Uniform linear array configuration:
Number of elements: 64
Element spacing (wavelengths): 1
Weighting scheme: cosine
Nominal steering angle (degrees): -60
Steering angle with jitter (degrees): -61.382
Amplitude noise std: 0.05
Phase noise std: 0.05

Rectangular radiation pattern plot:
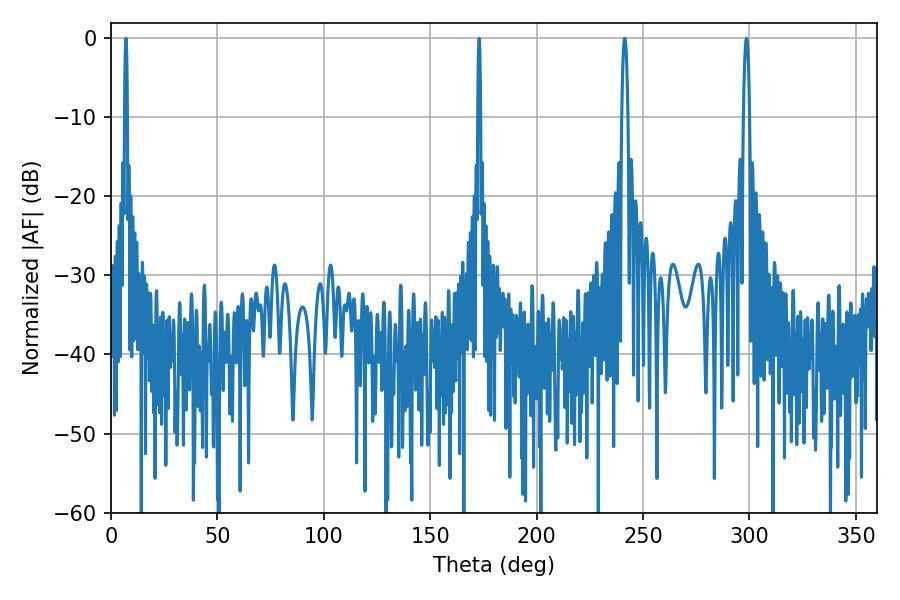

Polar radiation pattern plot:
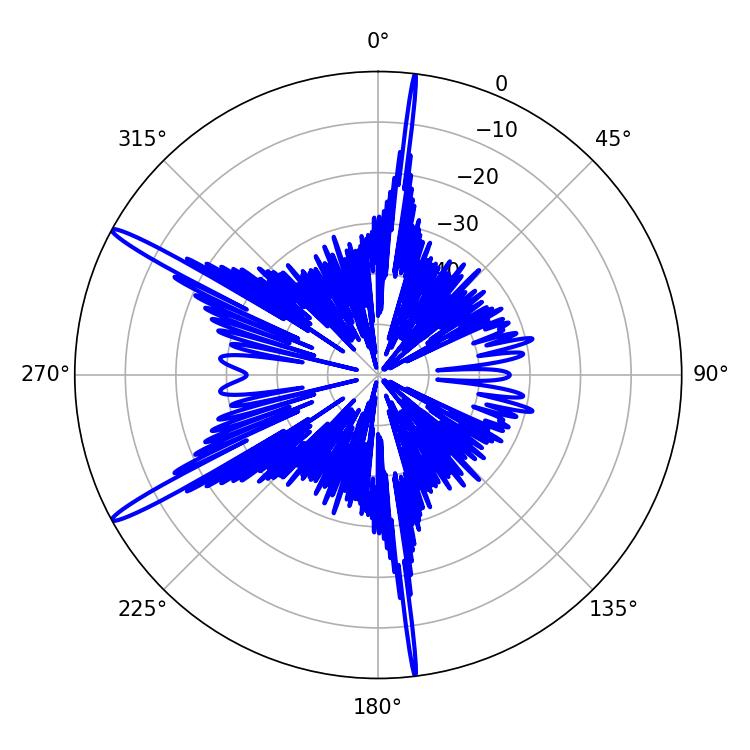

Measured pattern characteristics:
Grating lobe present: TRUE
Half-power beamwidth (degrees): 1.44
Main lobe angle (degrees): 241.38